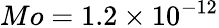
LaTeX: Mo=1.2\times 10^{-12}